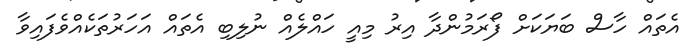
އެތައް ހާސް ބަޔަކަށް ފޯރަމުންދާ އިރު މިއީ ހައްލެއް ނުލިބި އެތައް އަހަރުތަކެއްވެފައިވާ